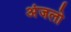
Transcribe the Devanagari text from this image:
अंजलो